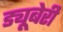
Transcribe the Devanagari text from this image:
ड्यूबेरी